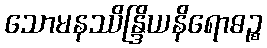
သောမနဿိန္ဒြိယနိရောဓဉ္စ